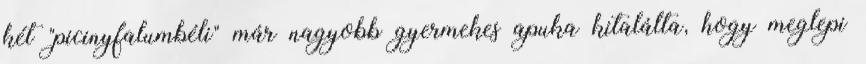
két "picinyfalumbéli" már nagyobb gyermekes apuka kitalálta, hogy meglepi